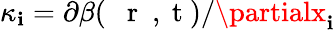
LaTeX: \kappa_{\mathbf{i}}=\partial\beta(\mathrm{{~{~\mathbf{~}r~}~,~t~}})/\partialx_{\mathbf{i}}